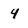
Character: 4